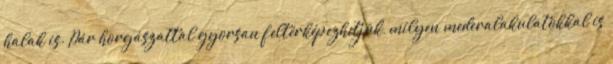
halak is. Pár horgászattal gyorsan feltérképezhetjük, milyen mederalakulatokkal is